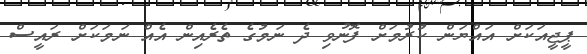
ޕީޖީއަކަށް އައްޔަން ކުރުމަށް ފޮނުވި ދެ ނަމުގެ ތެރެއިން އެއް ނަމަކަށް ރައީސް